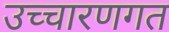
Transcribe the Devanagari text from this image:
उच्‍चारणगत